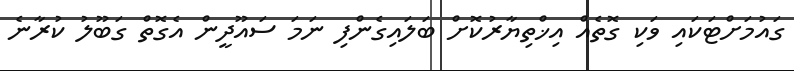
ގައުމަށްޓަކައި ވަކި ގޮތެއް އިޚްތިޔާރުކޮށް ބަލައިގެންފި ނަމަ ސައޫދީން އެގޮތް ގަބޫލު ކުރާނެ